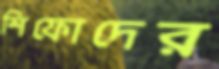
শিফোদের